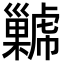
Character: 𢀋